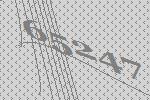
65247